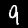
Label: 9